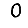
Digit: 0